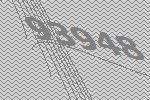
93948